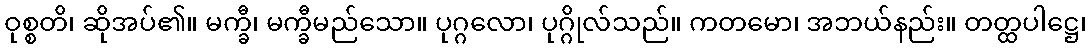
ဝုစ္စတိ၊ ဆိုအပ်၏။ မက္ခီ၊ မက္ခီမည်သော။ ပုဂ္ဂလော၊ ပုဂ္ဂိုလ်သည်။ ကတမော၊ အဘယ်နည်း။ တတ္ထပါဋ္ဌေ၊